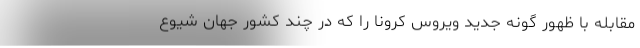
مقابله با ظهور گونه جدید ویروس کرونا را که در چند کشور جهان شیوع